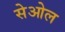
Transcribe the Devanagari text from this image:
सेओल